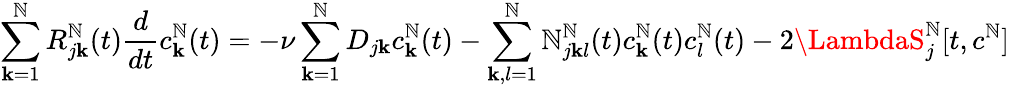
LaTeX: \sum_{\mathbf{k}=1}^{\mathbb{N}}R_{j\mathbf{k}}^{\mathbb{N}}(t)\frac{{d}}{{dt}}c_{\mathbf{k}}^{\mathbb{N}}(t)=-\nu\sum_{\mathbf{k}=1}^{\mathbb{N}}D_{j\mathbf{k}}c_{\mathbf{k}}^{\mathbb{N}}(t)-\sum_{\mathbf{k},l=1}^{\mathbb{N}}\mathcal{{\mathbb{N}}}_{j\mathbf{k}l}^{\mathbb{N}}(t)c_{\mathbf{k}}^{\mathbb{N}}(t)c_{l}^{\mathbb{N}}(t)-2\LambdaS_{j}^{\mathbb{N}}[t,c^{\mathbb{N}}]